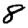
Digit: 8